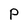
Character: P